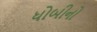
ધોબીનો